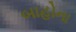
બાહોના